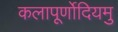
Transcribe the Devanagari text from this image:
कलापूर्णोदियमु